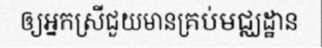
ឲ្យអ្នកស្រីជួយមានគ្រប់មជ្ឈដ្ឋាន